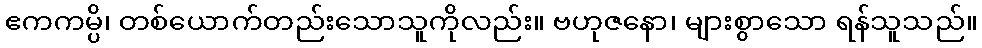
ဧကကမ္ပိ၊ တစ်ယောက်တည်းသောသူကိုလည်း။ ဗဟုဇနော၊ များစွာသော ရန်သူသည်။